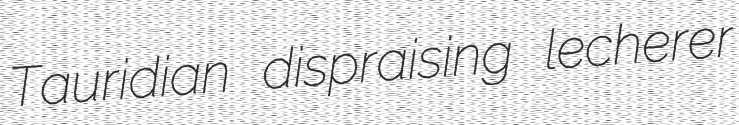
Tauridian dispraising lecherer